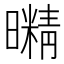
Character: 𭨇